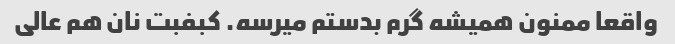
واقعا ممنون همیشه گرم بدستم میرسه. کبفبت نان هم عالی